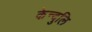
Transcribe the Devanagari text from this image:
केन्दुलि